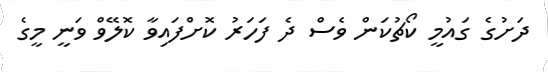
ދަށުގެ ގައުމީ ކޯޗުކަން ވެސް ދެ ފަހަރު ކޮށްފައިވާ ކޮލޭވް ވަނީ މީގެ